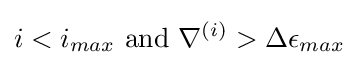
i<i_{max}{\text{ and }}\nabla ^{(i)}>\Delta \epsilon _{max}